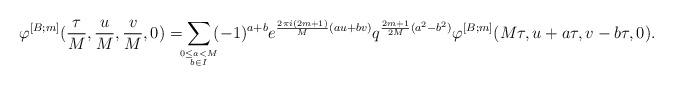
LaTeX: \begin{align*}\varphi^{[B;m]}(\frac{\tau}{M},\frac{u}{M},\frac{v}{M},0)=\!\!\!\sum\limits_{0 \leq a < M \atop b \in I}\!\!(-1)^{a+b} e^{\frac{2\pi i(2m+1)}{M} (au+bv)} q^{\frac{2m+1}{2M}(a^2-b^2)} \varphi^{[B;m]}(M\tau,u+a\tau,v-b\tau,0).\end{align*}